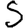
Digit: 5